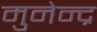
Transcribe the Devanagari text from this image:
मुनेन्द्र